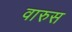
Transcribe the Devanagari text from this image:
वारुस